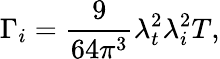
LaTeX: \Gamma_{i}=\frac{9}{64\pi^{3}}\lambda_{t}^{2}\lambda_{i}^{2}T,